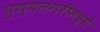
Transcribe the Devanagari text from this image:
पुण्यनगरीमध्ये